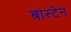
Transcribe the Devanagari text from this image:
बास्टेन